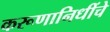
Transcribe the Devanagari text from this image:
करूणानिधींचे